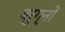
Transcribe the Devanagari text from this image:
ब्रुग्नों